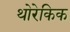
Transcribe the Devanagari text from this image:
थोरेकिक